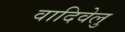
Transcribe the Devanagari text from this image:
वादिवेलु